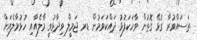
ތަސައްވުރާ ގުޅޭ ގޮތުން ވާހަކަފުޅު ދައްކަވަމުން ޑރ ޖަމީލް ވިދާޅުވީ މާލެއާއި ހުޅުމާލެއަށް